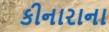
કીનારાના